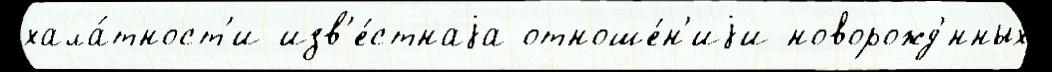
хала́тност'и изв'е́стнаjа отноше́н'иjи новорожд'́нных